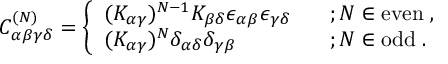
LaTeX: C _ { \alpha \beta \gamma \delta } ^ { ( N ) } = \left\{ \begin{array} { l l } { { ( K _ { \alpha \gamma } ) ^ { N - 1 } K _ { \beta \delta } \epsilon _ { \alpha \beta } \epsilon _ { \gamma \delta } \; \; \; } } & { { ; N \in \mathrm { e v e n } \; , } } \\ { { ( K _ { \alpha \gamma } ) ^ { N } \delta _ { \alpha \delta } \delta _ { \gamma \beta } \; \; \; } } & { { ; N \in \mathrm { o d d } \; . } } \end{array} \right.